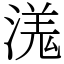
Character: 溬